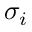
\sigma _ { i }